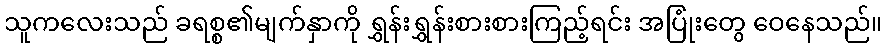
သူကလေးသည် ခရစ္စ၏မျက်နှာကို ရွှန်းရွှန်းစားစားကြည့်ရင်း အပြုံးတွေ ဝေနေသည်။